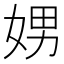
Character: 娚